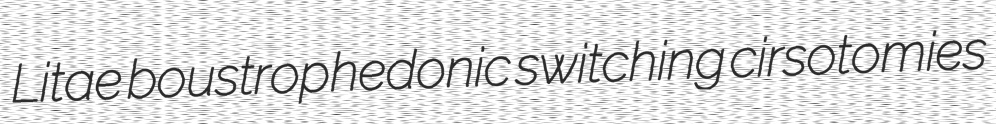
Litae boustrophedonic switching cirsotomies